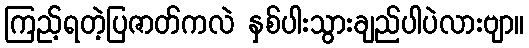
ကြည့်ရတဲ့ပြဇာတ်ကလဲ နှစ်ပါးသွားချည်ပါပဲလားဗျာ။